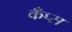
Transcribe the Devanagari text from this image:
कँप्स